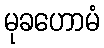
မုခဟောမံ